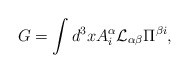
\begin{align*}G= \int d^3x A^{\alpha}_i {\cal L}_{\alpha \beta} \Pi^{\beta i},\end{align*}